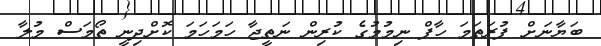
ބަޔާނަށް ފުރަތަމަ ހާފް ނިމުމުގެ ކުރިން ނަތީޖާ ހަމަހަމަ ކޮށްދިނީ ތޯމަސް މުލާ